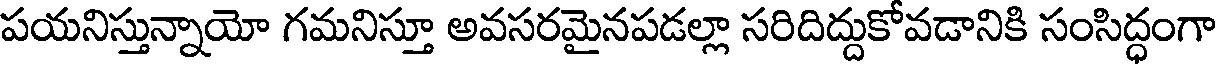
పయనిస్తున్నాయో గమనిస్తూ అవసరమైనపడల్లా సరిదిద్దుకోవడానికి సంసిద్ధంగా